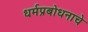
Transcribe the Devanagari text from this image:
धर्मप्रबोधनाचे